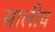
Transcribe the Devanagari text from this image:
सालीय